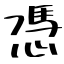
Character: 憑